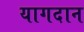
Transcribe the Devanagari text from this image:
यागदान